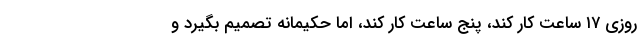
روزی ۱۷ ساعت کار کند، پنج ساعت کار کند، اما حکیمانه تصمیم بگیرد و